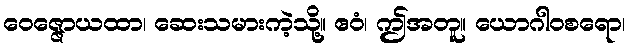
ဝေဇ္ဇောယထာ၊ ဆေးသမားကဲ့သို့။ ဧဝံ၊ ဤအတူ။ ယောဂါဝစရော၊